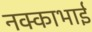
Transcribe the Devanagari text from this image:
नक्काभाई